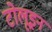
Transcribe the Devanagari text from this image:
टोलूइन